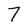
Character: 7